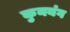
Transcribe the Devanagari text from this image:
कुनयंग